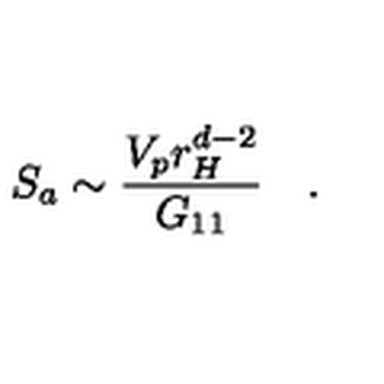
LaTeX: S _ { a } \sim { \frac { V _ { p } r _ { H } ^ { d - 2 } } { G _ { 1 1 } } } \quad .